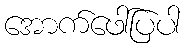
အောက်ဖေါ်ပြပါ